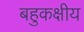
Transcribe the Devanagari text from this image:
बहुकक्षीय